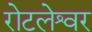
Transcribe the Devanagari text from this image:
रोटलेश्वर